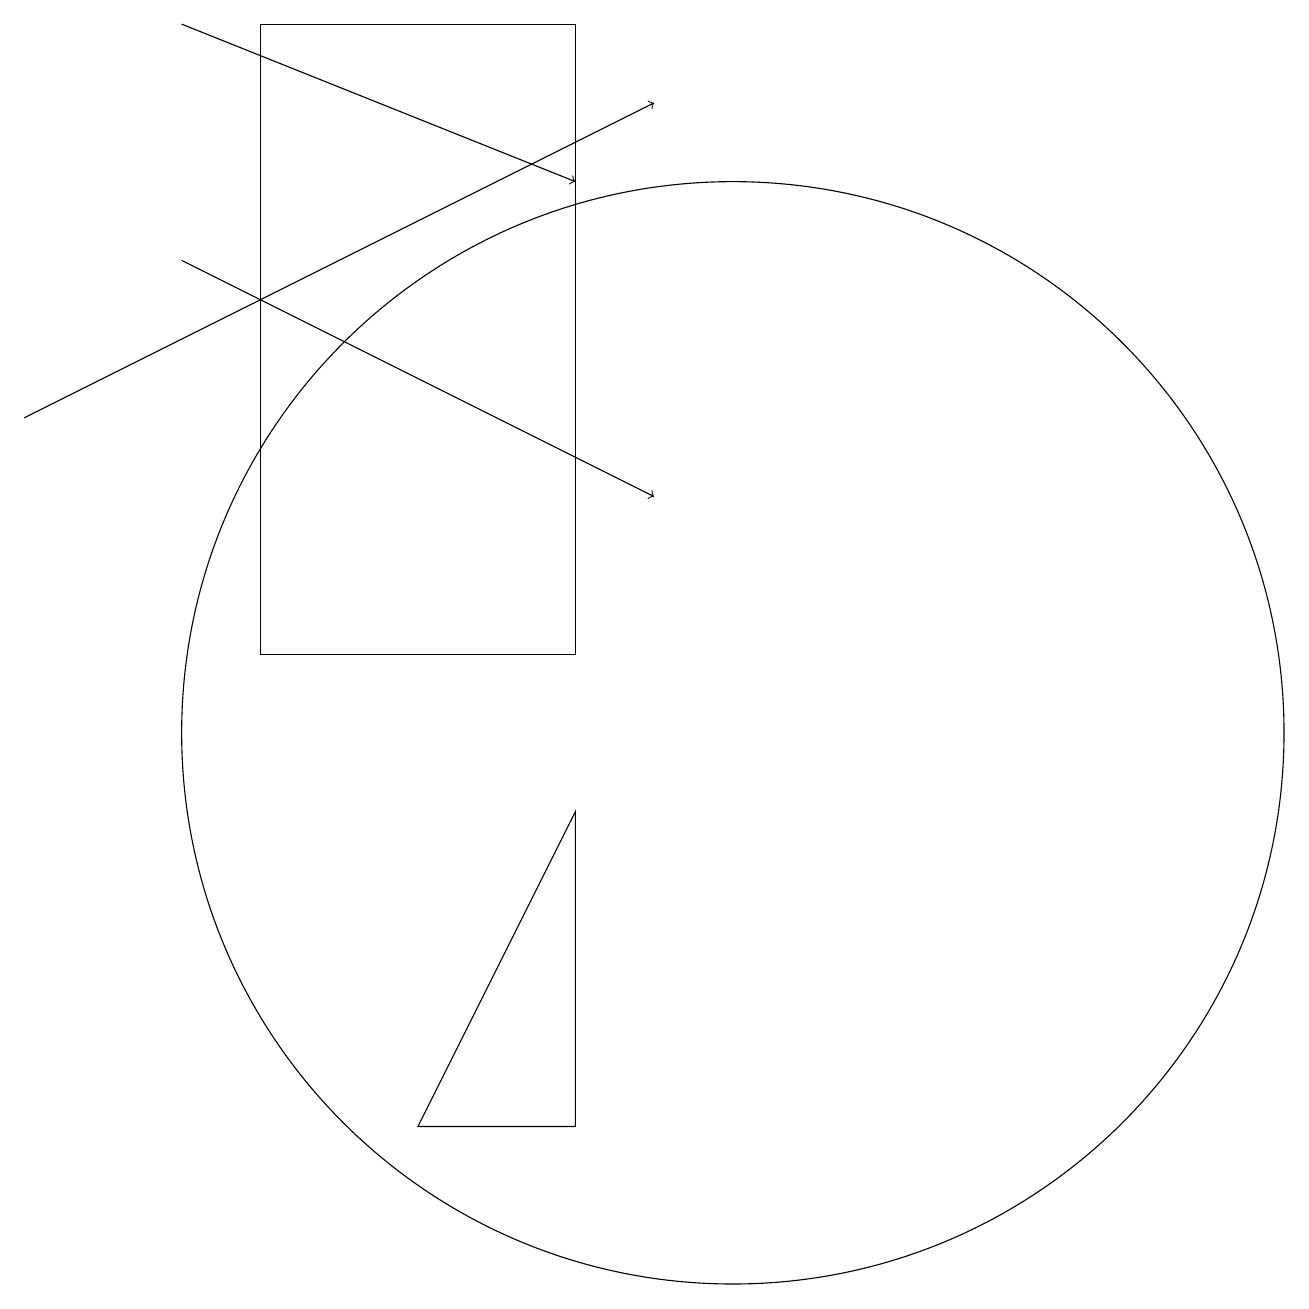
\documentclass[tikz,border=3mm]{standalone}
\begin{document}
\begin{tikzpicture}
\draw (10,11) circle (0);
\draw (8,5) -- (8,9) -- (6,5) -- cycle;
\draw[->] (3,19) -- (8,17);
\draw[->] (1,14) -- (9,18);
\draw (8,11) rectangle (4,19);
\draw (10,10) circle (7);
\draw[->] (3,16) -- (9,13);
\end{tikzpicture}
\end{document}